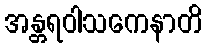
အန္တရဝါသကေနာတိ